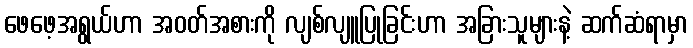
ဖေဖေ့အရွယ်ဟာ အဝတ်အစားကို လျစ်လျူပြုခြင်းဟာ အခြားသူများနဲ့ ဆက်ဆံရာမှာ